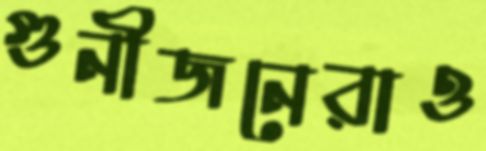
গুনীজনেরাও